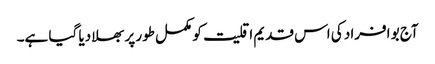
آج بو افراد کی اس قدیم اقلیت کو مکمل طور پر بھلا دیا گیا ہے۔